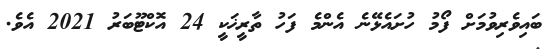
ބައިވެރިވުމަށް ފޯމު ހުށައެޅޭނެ އެންމެ ފަހު ތާރީޚަކީ 24 އޮކްޓޫބަރު 2021 އެވެ.